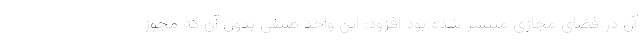
آن در فضای مجازی منتشر شده بود افزود: این واحد صنفی بدون آن که مجوز